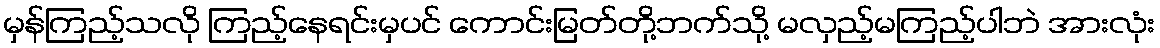
မှန်ကြည့်သလို ကြည့်နေရင်းမှပင် ကောင်းမြတ်တို့ဘက်သို့ မလှည့်မကြည့်ပါဘဲ အားလုံး